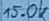
Text: 15.0K